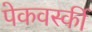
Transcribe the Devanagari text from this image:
पेकवर्स्की